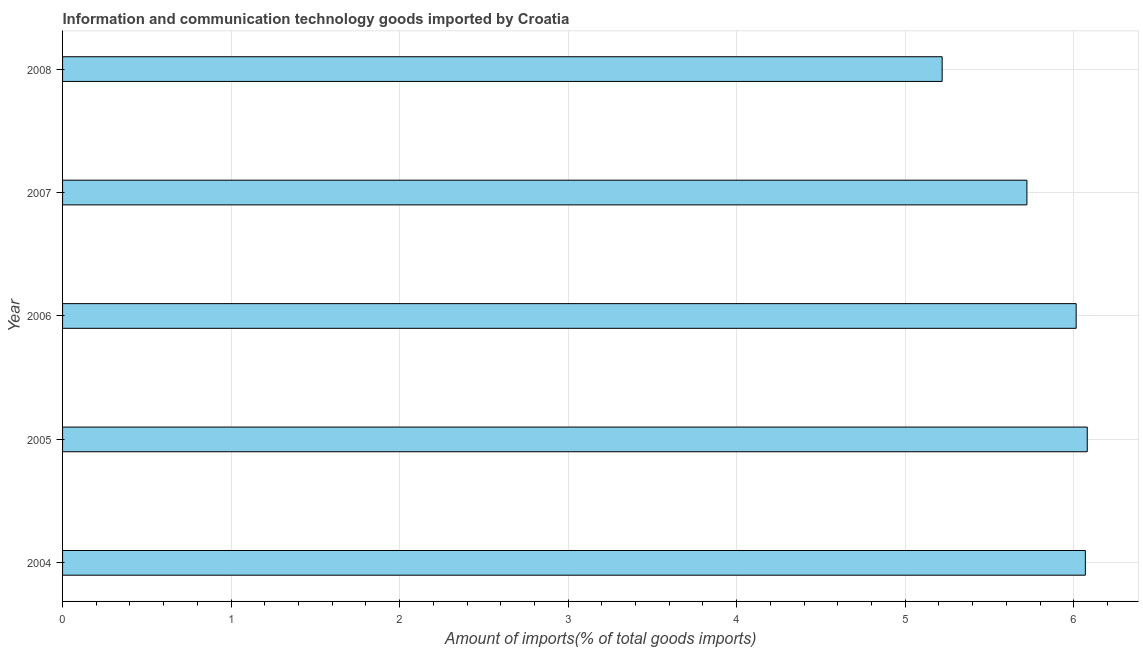
| Year | ICT goods imports |
 | --- | --- |
 | 2004 | 6.07 |
 | 2005 | 6.08 |
 | 2006 | 6.01 |
 | 2007 | 5.72 |
 | 2008 | 5.22 |